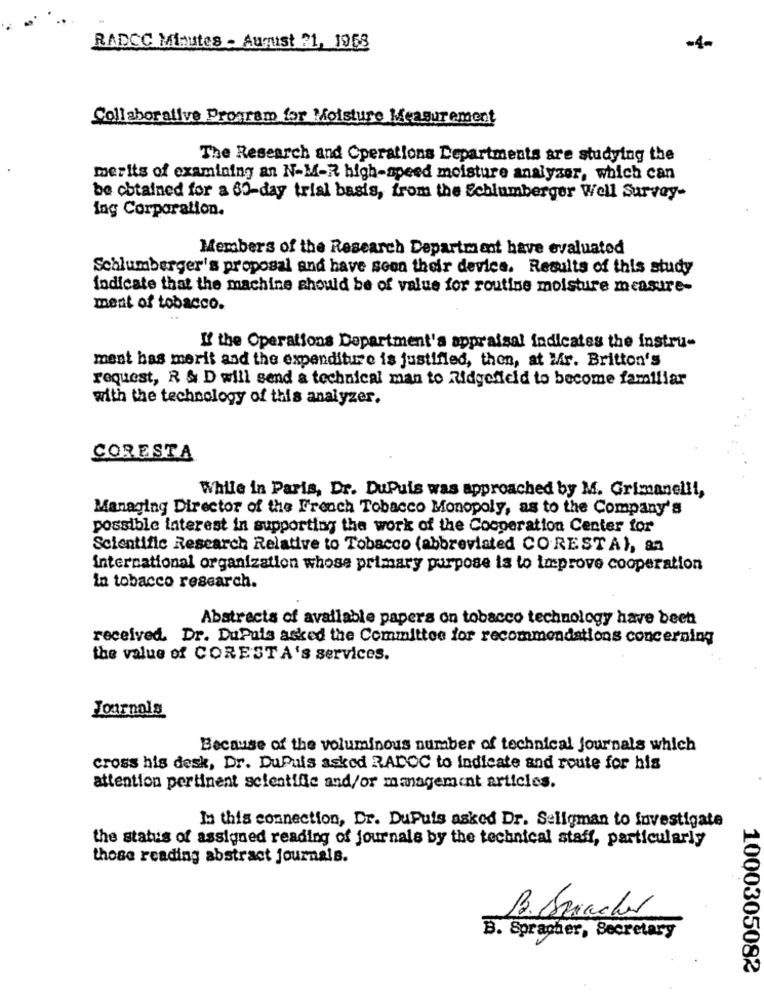
RADCC Minutes - August 21, 1953
-4-
Collaborative Program for Moisture Measurement
The Research and Operations Departments are studying the
merits of examining an N-M-R high-speed moisture analyser, which can
be obtained for a 60-day trial basis, from the Schlumberger Well Survey-
ing Corporation.
Members of the Research Department have evaluated
Schlumberger's proposal and have soon their device. Results of this study
fodicate that the machine should be of value for routine moisture measure-
ment of tobacco.
L' the Operations Department's appraisal indicates the instru-
mest has merit and the expenditure is justified, then, at Mir. Britton's
request, R & D will send a technical man to Ridgefield to become familiar
with the technology of this analyzer.
CORESTA
While in Paris, Dr. DuPuis was approached by M. Grimanelli,
Managing Director of the French Tobacco Monopoly, as to the Company's
possible interest in supporting the work of the Cooperation Center for
Scientific Research Relative to Tobacco (abbreviated CO.RESTA), 82
international organization whose primary purpose is to improve cooperation
in tobacco research.
Abstracts of available papers on tobacco technology have been
received. Dr. DuPuis asked the Committee for recommendations concerning
the value of CORESTA's services.
Journals
Because of the voluminous number of technical journals which
cross his desk, Dr. DuPuis asked RADOC to indicate and route for his
attention pertinent scientific and/or management articles.
In this connection, Dr. DuPuis asked Dr. Seligman to investigate
the status of assigned reading of journals by the technical staff, particularly
those reading abstract journals.
B. Arracher
B. Spracher, Secretary
1000305082